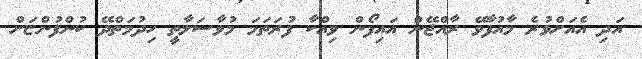
އަދި އެއަށްވުރެ މާއުފާވޭ ރާއްޖޭން އައިފޯން ވިއްކާ ފުރަތަމަ މުވާސަލާތީ ހިދުމަތްދޭ ކުންފުންޏަށް